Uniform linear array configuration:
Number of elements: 8
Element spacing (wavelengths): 0.25
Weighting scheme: binomial
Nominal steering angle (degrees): -45
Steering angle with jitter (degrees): -43.862
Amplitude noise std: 0.05
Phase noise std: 0.05

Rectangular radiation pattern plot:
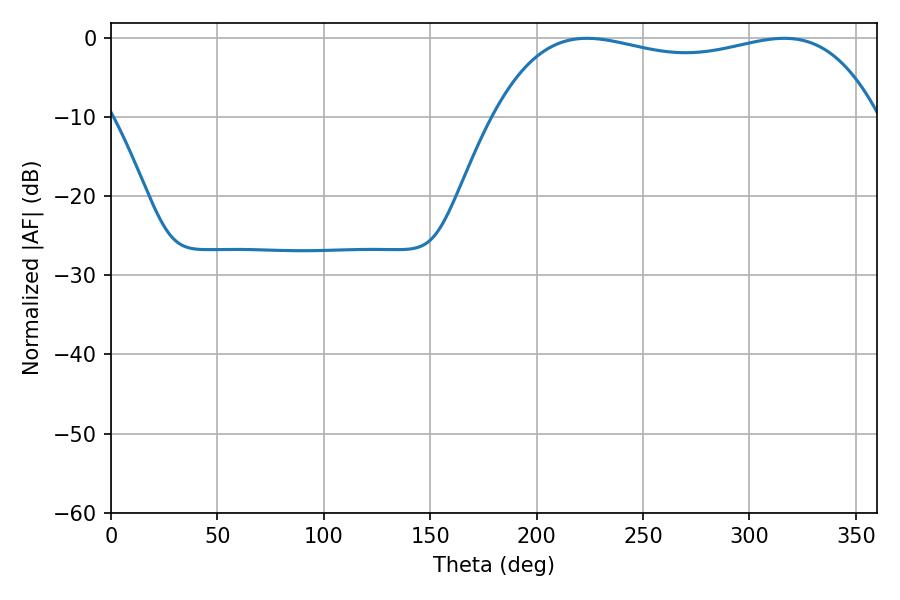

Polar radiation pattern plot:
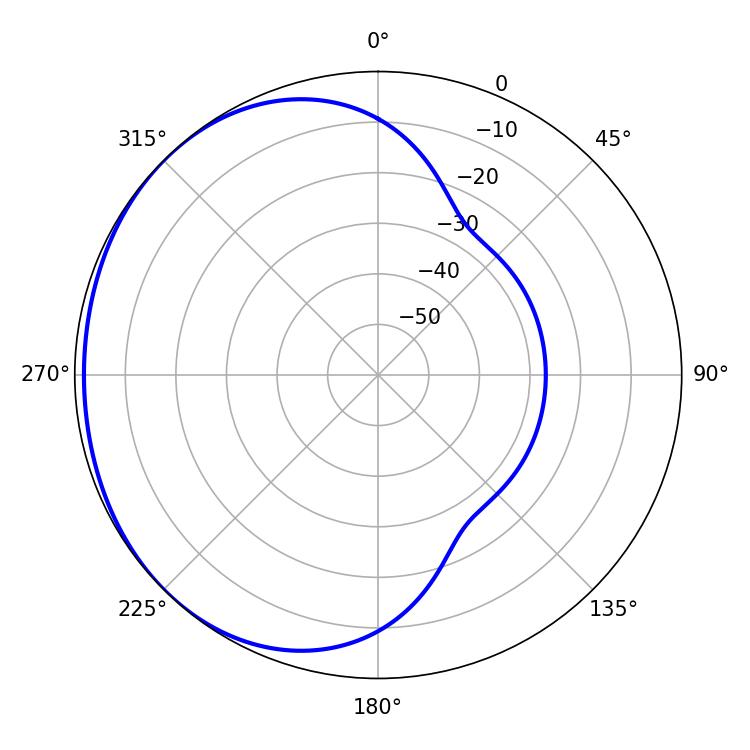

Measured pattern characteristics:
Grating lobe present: FALSE
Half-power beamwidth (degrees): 145.8
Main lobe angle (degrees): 223.56